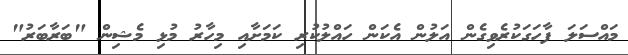
މައްސަލަ ފާހަގަކުރެވިގެން އަލުން އެކަން ހައްލުކުރި ކަމަށާއި މިހާރު މުޅި މެޝިން "ބަރާބަރު"